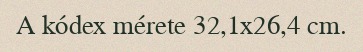
A kódex mérete 32,1x26,4 cm.